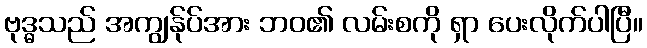
ဗုဒ္ဓသည် အကျွန်ုပ်အား ဘဝ၏ လမ်းစကို ရှာ ပေးလိုက်ပါပြီ။